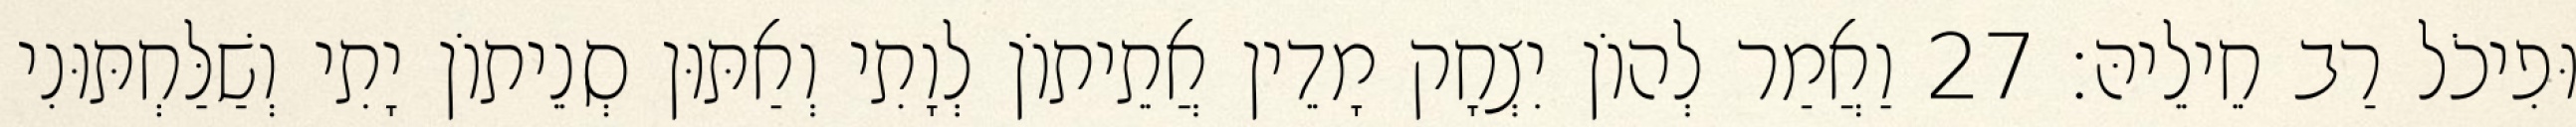
וּפִיכֹל רַב חֵילֵיהּ׃ 27 וַאֲמַר לְהוֹן יִצְחָק מָדֵין אֲתֵיתוֹן לְוָתִי וְאַתּוּן סְנֵיתוֹן יָתִי וְשַׁלַּחְתּוּנִי